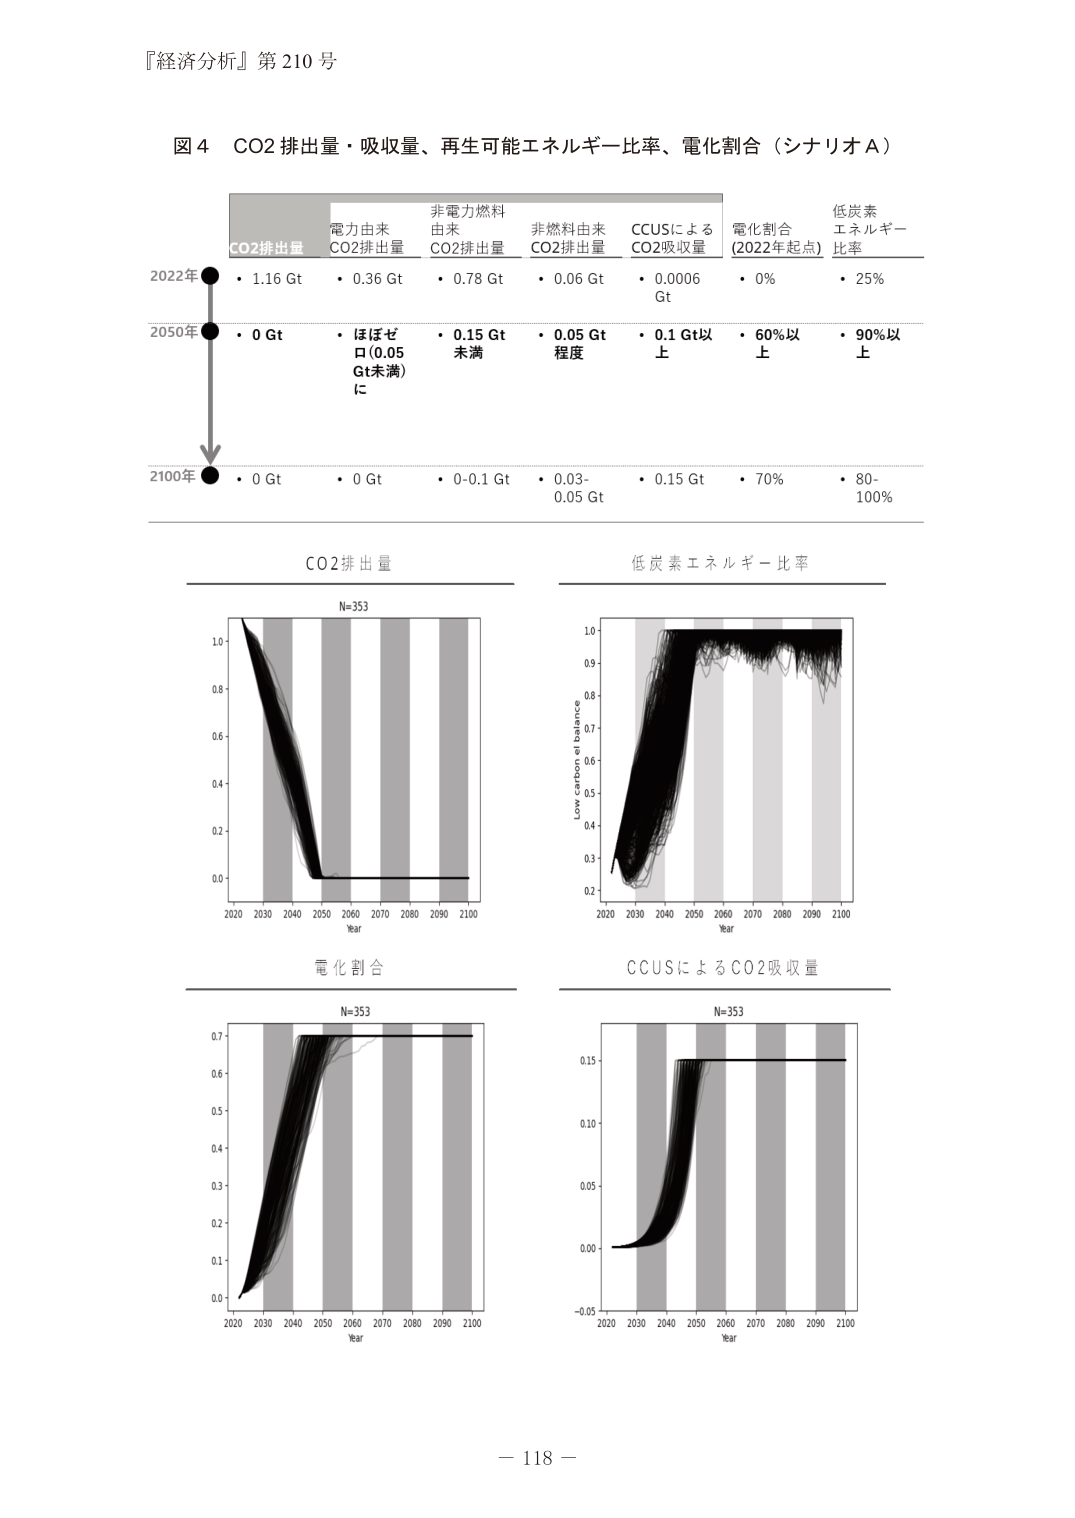
『経済分析』第210号

図4 CO2排出量・吸収量、再生可能エネルギー比率、電化割合（シナリオA）

CO2排出量 電力由来CO2排出量 非電力燃料由来CO2排出量 非燃料由来CO2排出量 CCUSによるCO2吸収量 電化割合（2022年起点） 低炭素エネルギー比率

2022年 • 1.16 Gt • 0.36 Gt • 0.78 Gt • 0.06 Gt • 0.0006 Gt • 0% • 25%

2050年 • 0 Gt • ほぼゼロ（0.05 Gt未満）に • 0.15 Gt未満 • 0.05 Gt程度 • 0.1 Gt以上 • 60%以上 • 90%以上

2100年 • 0 Gt • 0 Gt • 0-0.1 Gt • 0.03-0.05 Gt • 0.15 Gt • 70% • 80-100%

CO2排出量

N=353

1.0-
0.8-
0.6-
0.4-
0.2-
0.0-
2020 2030 2040 2050 2060 2070 2080 2090 2100
Year

低炭素エネルギー比率

Low carbon el balance

1.0-
0.9-
0.8-
0.7-
0.6-
0.5-
0.4-
0.3-
0.2-
2020 2030 2040 2050 2060 2070 2080 2090 2100
Year

電化割合

N=353

0.7-
0.6-
0.5-
0.4-
0.3-
0.2-
0.1-
0.0-
2020 2030 2040 2050 2060 2070 2080 2090 2100
Year

CCUSによるCO2吸収量

N=353

0.15-
0.10-
0.05-
0.00-
-0.05-
2020 2030 2040 2050 2060 2070 2080 2090 2100
Year

－ 118 －